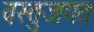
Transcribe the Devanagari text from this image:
वस्तुजगत